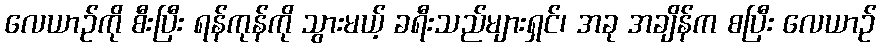
လေယာဉ်ကို စီးပြီး ရန်ကုန်ကို သွားမယ့် ခရီးသည်များရှင်၊ အခု အချိန်က စပြီး လေယာဉ်